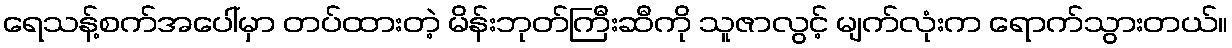
ရေသန့်စက်အပေါ်မှာ တပ်ထားတဲ့ မိန်းဘုတ်ကြီးဆီကို သူဇာလွင့် မျက်လုံးက ရောက်သွားတယ်။